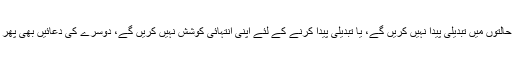
جب تک خود اپنی حالتوں میں تبدیلی پیدا نہیں کریں گے، یا تبدیلی پیدا کرنے کے لئے اپنی انتہائی کوشش نہیں کریں گے، دوسرے کی دعائیں بھی پھر اثر نہیں کریں گی۔